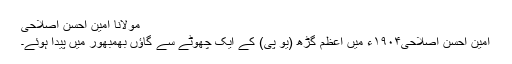
مولانا امین احسن اصلاحی
امین احسن اصلاحی۱۹۰۴ء میں اعظم گڑھ (یو پی) کے ایک چھوٹے سے گاؤں بھمبھور میں پیدا ہوئے۔